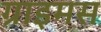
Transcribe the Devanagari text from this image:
ग्राइमस